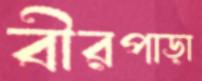
বীরপাড়া